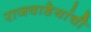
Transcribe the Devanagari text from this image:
राजवाडेयांची